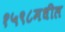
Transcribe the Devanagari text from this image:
१५९८मधील